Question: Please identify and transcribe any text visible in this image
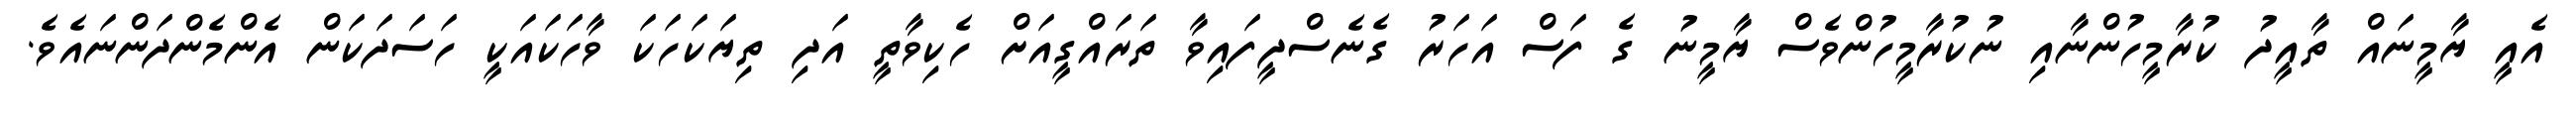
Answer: އެއީ ޔާމީނައް ތާއީދު ކުރާމީހުންނާއި ނުކުރާމީހުންވެސް ޔާމީނު ގެ ފަސް އަހަރު ގެނެސްދީފައިވާ ތަރައްގީއަށް ހެކިވާތީ އަދި ތިޔަކަހަކަ ވާހަކައަކީ ހަސަދަކަން އެންމެންދަންނައެވެ.